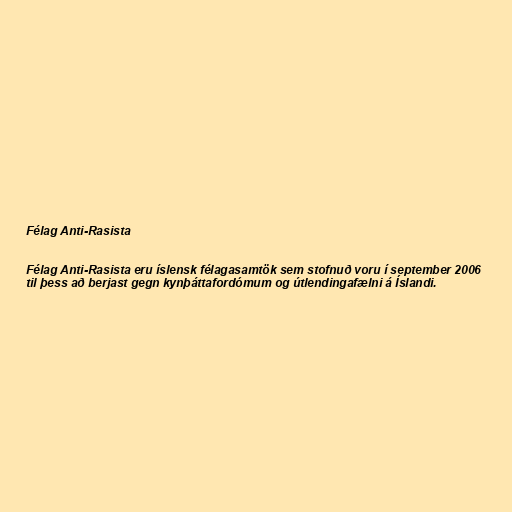
Félag Anti-Rasista

Félag Anti-Rasista eru íslensk félagasamtök sem stofnuð voru í september 2006
til þess að berjast gegn kynþáttafordómum og útlendingafælni á Íslandi.